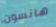
هانسون